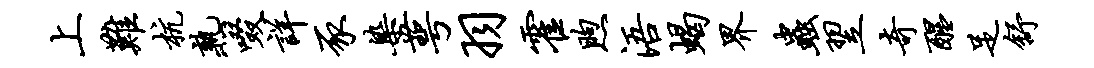
上难杭熟啜详豕染萼羽霍煦浯蝎界虫翌奇醒足舒